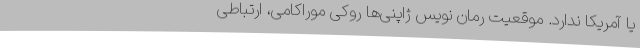
یا آمریکا ندارد. موقعیت رمان نویس ژاپنی‌ها روکی موراکامی، ارتباطی